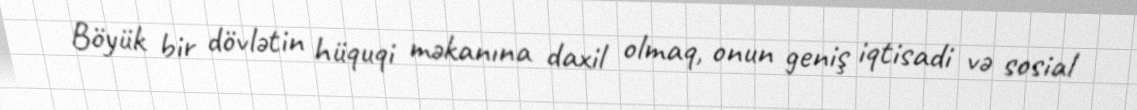
Böyük bir dövlətin hüquqi məkanına daxil olmaq, onun geniş iqtisadi və sosial